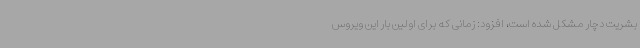
بشریت دچار مشکل شده است، افزود: زمانی که برای اولین بار این ویروس